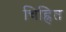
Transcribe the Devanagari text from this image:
चिह्रित